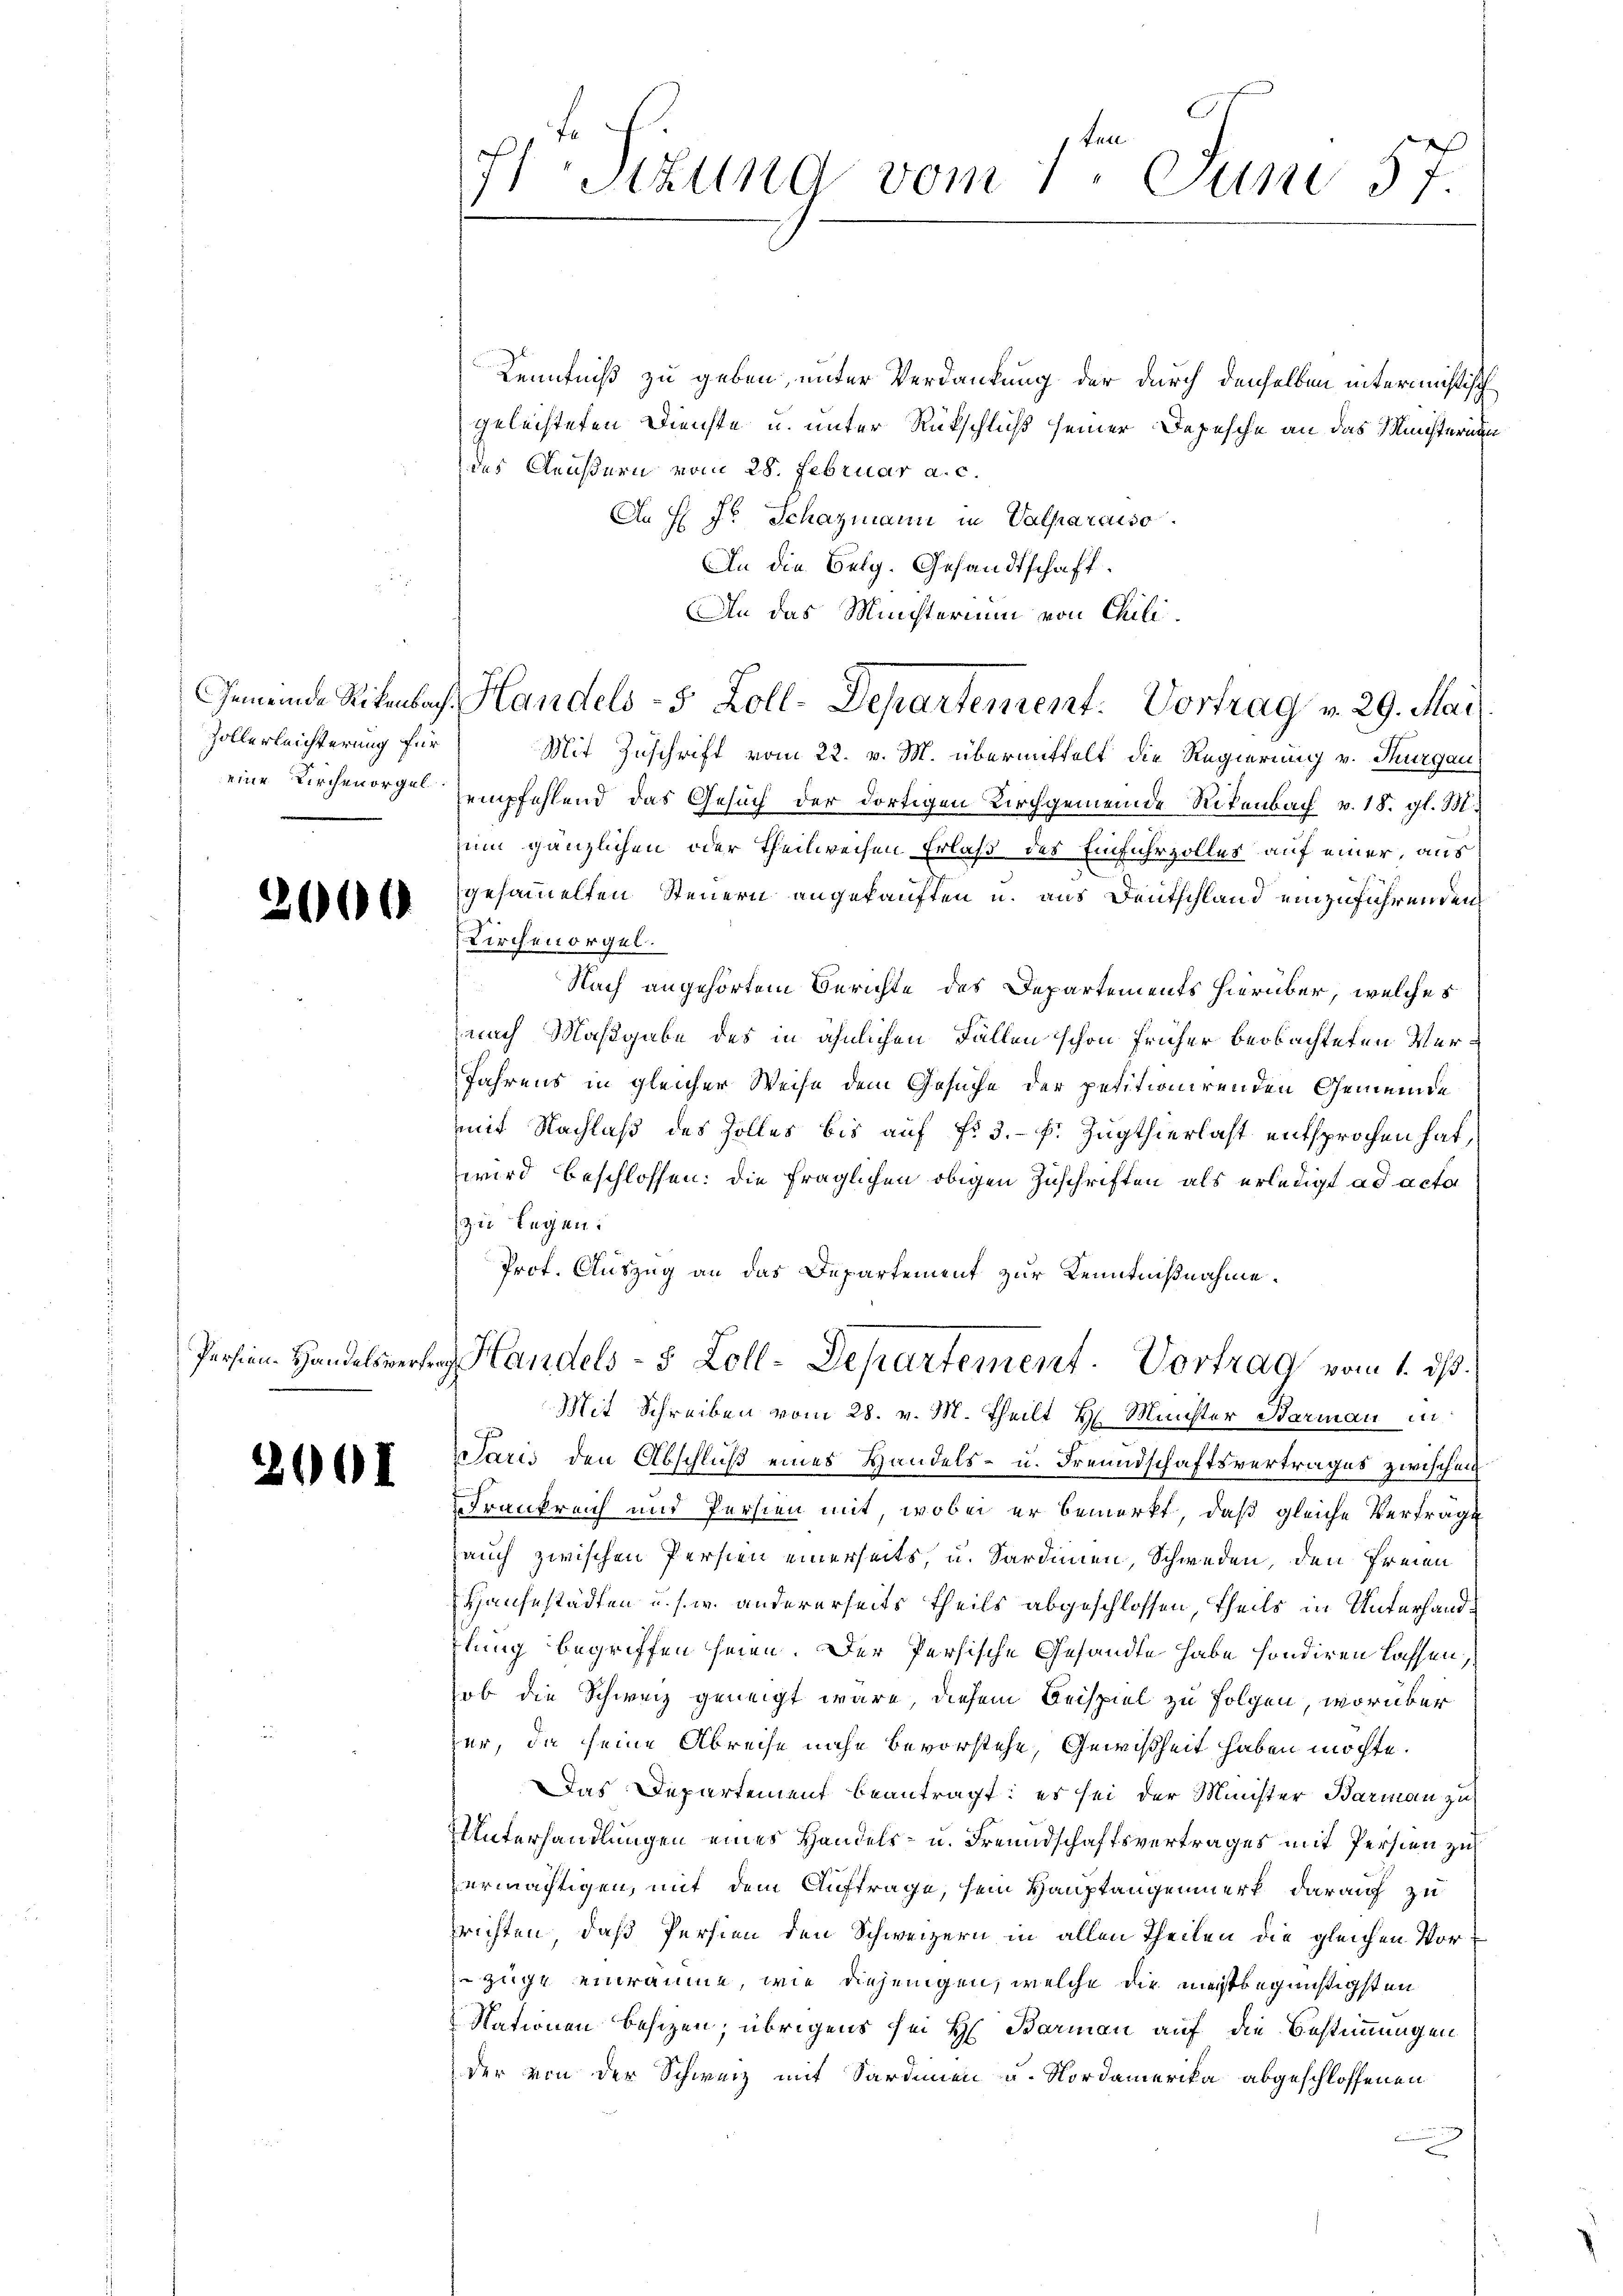
Zollerleichterung für

206

Persien-Handelsvertr

2001

Lan
Stzung vom 1. Juni 57.

Kenntniß zu geben, unter Verdankung der durch denselben intermistisch
geleisteten Dienste u. unter Rückschluß seiner Depesche an das Ministernen
des Aeußern vom 28. Februar a. c.
An H. Fr. Schazmann in Valparaiso
An die Belg. Gesandtschaft.
Mit Zuschrift vom 22. v. M. übermittelt die Regierung v. Thurgau
eine Kirchenorge empfehlend das Gesuch der dortigen Kirchgemeinde Rikenbach v. 18. gl. M.
zum gänzlichen oder Theilweisen Erlaß des Einfuhrzolles auf einer, aus
gesammelten Steuern angekauften u. aus Deutschland einzuführenden
Kirchenorgel.
Nach angehörtem Berichte des Departements hierüber, welches
nach Maßgabe des in ähnlichen Fällen schon früher beobachteten Ver¬
Jahrens in gleicher Weise dem Gesuche der petitionirenden Gemeinde
mit Nachlaß des Zolles bis auf fr. 3. f. Zugthierlast entsprochen hat,
wird beschlossen: die fraglichen obigen Zuschriften als erledigt ad acta
zu legen.
Prof. Auszug an das Departement zur Kenntnißnahme.
 Handels- 5 Zoll-Departement. Vortrag vom 1. ds.
Mit Schreiben vom 28. v. M. Theilt H. Müchter Barmann in
itaris den Abschluß eines Handels- u. Freundschaftsvertrages zwischen
Frankreich und Persien mit, wobei er bemerkt, daß gleiche Verträge
fauch zwischen Persten einerseits, u. Sardinien, Schweden, den Freien
Hausestädten u. s. w. andererseits theils abgeschlossen, theils in Unterhandflung begriffen seien. Der Persische Gesandte habe sondiren lassen,
hob die Schweiz geneigt wäre, diesem Beispiel zu Folgen, worüber
zer, da seine Abreise nahe bevorstehe, Gewißheit haben möchte.
Das Departement beantragt; es sei der Minister Barmann zu
Unterhandlungen eines Handels- u. Freundschaftsvertrages mit Persien zu
vermächtigen, mit dem Auftrage, sein Hauptangenmerk darauf zu
richten, daß Persien den Schweizern in allen Theilen die gleichen Vorzüge einräume, wie diejenigen, welche die meistbegünstigsten
Nationen besizen; übrigens sei H. Barman auf die Bestimmungen
der von der Schweiz mit Sardinen u. Nordamerika abgeschlossenen
2

An das Ministerium von Chili¬
Gemeinde Rikenbach Handels- 5 Zoll-Departement. Vortrag v. 29. Mai